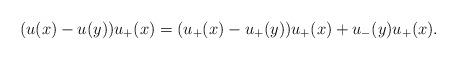
LaTeX: \begin{align*}(u(x) - u(y))u_+(x) = (u_+(x)-u_+(y))u_+(x) + u_-(y)u_+(x).\end{align*}